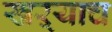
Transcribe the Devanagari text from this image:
खऱ्याच